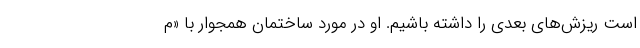
است ریزش‌های بعدی را داشته باشیم. او در مورد ساختمان همجوار با «م